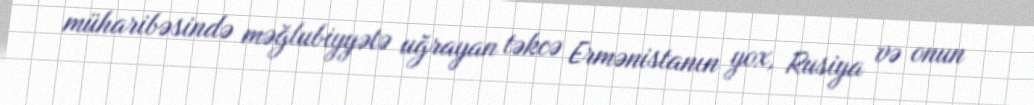
müharibəsində məğlubiyyətə uğrayan təkcə Ermənistanın yox, Rusiya və onun